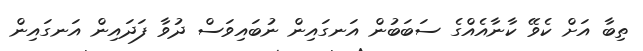
ތިބާ އަށް ކެވޭ ކާނާއެއްގެ ސަބަބުން އަނގައިން ނުބައިވަސް ދުވާ ފަދައިން އަނގައިން